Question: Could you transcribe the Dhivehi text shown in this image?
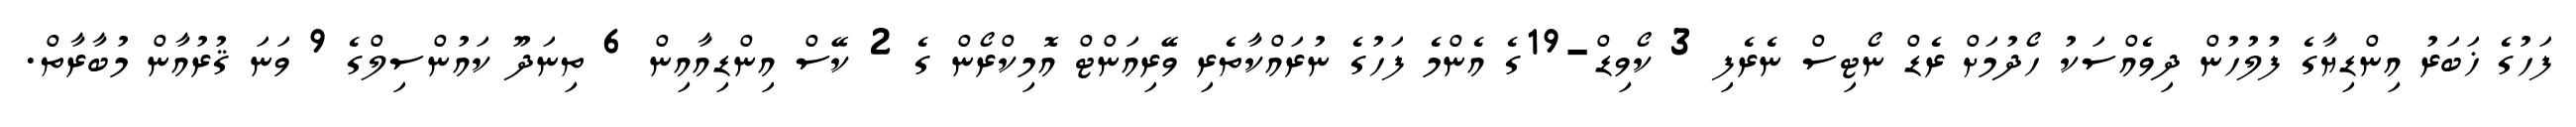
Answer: ފަހުގެ ޚަބަރު އިންޑިޔާގެ ފުލުހުން ދިވެއްސަކު ހޯދުމަށް ރެޑް ނޯޓިސް ނެރެފި 3 ކޯވިޑް-19ގެ އެންމެ ފަހުގެ ނުރައްކާތެރި ވޭރިއަންޓް އޮމިކްރޯން ގެ 2 ކޭސް އިންޑިއާއިން 6 ތިނަދޫ ކައުންސިލްގެ 9 ވަނަ ޤުރުއާން މުބާރާތް.